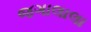
જગાલાલા